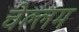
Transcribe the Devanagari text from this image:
चेल्लम